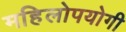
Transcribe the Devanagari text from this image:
महिलोपयोगी